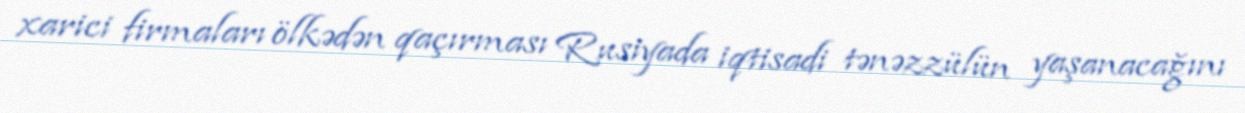
xarici firmaları ölkədən qaçırması Rusiyada iqtisadi tənəzzülün yaşanacağını